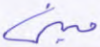
مبنى